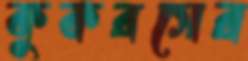
কুকরসের